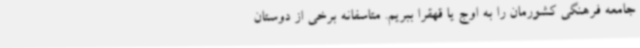
جامعه فرهنگی کشورمان را به اوج یا قهقرا ببریم. متاسفانه برخی از دوستان